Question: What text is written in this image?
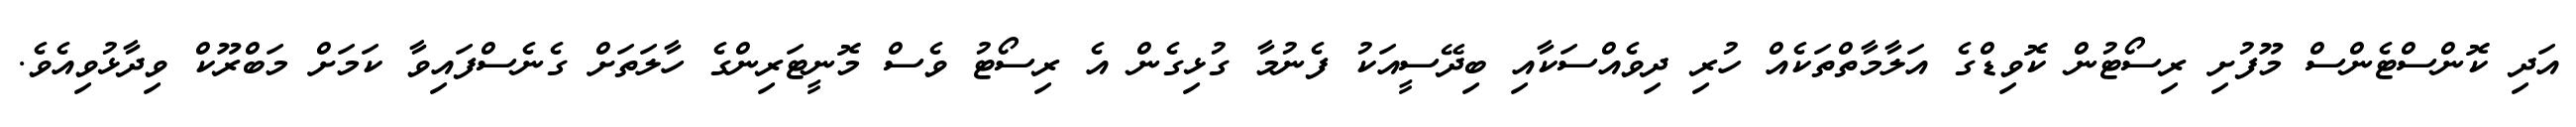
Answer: އަދި ކޮންސްޓެންސް މޫފުށި ރިސޯޓުން ކޮވިޑްގެ އަލާމާތްތަކެއް ހުރި ދިވެއްސަކާއި ބިދޭސީއަކު ފެނުމާ ގުޅިގެން އެ ރިސޯޓު ވެސް މޮނީޓަރިންގެ ހާލަތަށް ގެނެސްފައިވާ ކަމަށް މަބްރޫކް ވިދާޅުވިއެވެ.